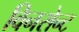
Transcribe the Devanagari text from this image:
विनसेन्ट